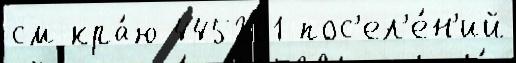
см кра́ю 445201 пос'ел'е́н'ий